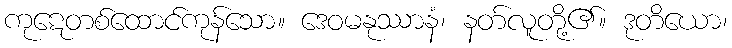
ကုဋေတစ်ထောင်ကုန်သော။ ဒေဝမနုဿာနံ၊ နတ်လူတို့၏။ ဒုတိယော၊